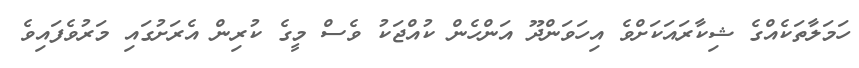
ހަމަލާތަކެއްގެ ޝިކާރައަކަށްވެ އިހަވަންދޫ އަންހެން ކުއްޖަކު ވެސް މީގެ ކުރިން އެރަށުގައި މަރުވެފައިވެ